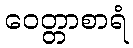
ဝေတ္တာစာရံ